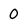
Character: 0